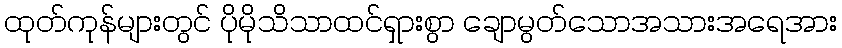
ထုတ်ကုန်များတွင် ပိုမိုသိသာထင်ရှားစွာ ချောမွတ်သောအသားအရေအား